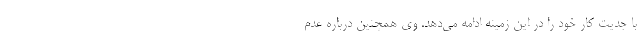
با جدیت کار خود را در این زمینه ادامه می‌دهد. وی همچنین درباره عدم